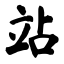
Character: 站